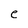
Character: e